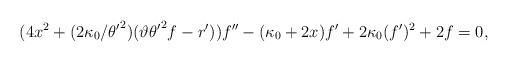
LaTeX: \begin{align*}(4x^2+(2\kappa_0/{\theta'}^2)(\vartheta{\theta'}^2f-r'))f''-(\kappa_0+2x)f'+2\kappa_0(f')^2+2f=0,\end{align*}